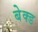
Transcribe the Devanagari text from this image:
बेक्‍ड